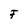
Character: F